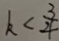
k < \frac { 3 } { 4 }